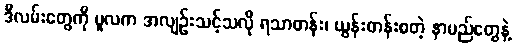
ဒီလမ်းတွေကို မူလက အလျဉ်းသင့်သလို ရသာတန်း၊ ယွန်းတန်းစတဲ့ နာမည်တွေနဲ့